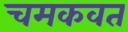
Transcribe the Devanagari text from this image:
चमकवत